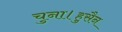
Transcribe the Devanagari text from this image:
चुना।हुसैन